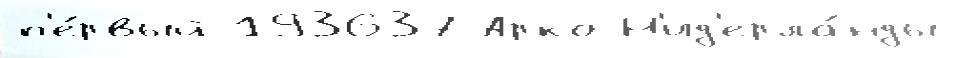
п'е́рвый 193637 Арко Н'ид'ерла́нды